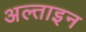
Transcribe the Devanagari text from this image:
अल्ताइन